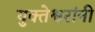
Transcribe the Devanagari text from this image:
युक्तेश्वरांनी